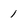
Character: 1